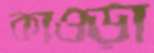
কাওড়া